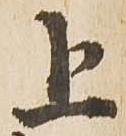
上